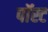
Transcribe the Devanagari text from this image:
पॉस्ट